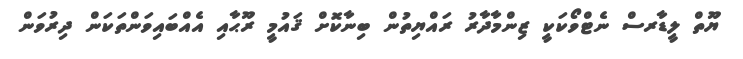
ޔޫތް ލީޑާރސް ނެޓްވޯކަކީ ޒިންމާދާރު ރައްޔިތުން ބިނާކޮށް ޤައުމީ ރޫޙާއި އެއްބައިވަންތަކަން ދިރުވަން